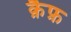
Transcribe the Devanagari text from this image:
क़ैफ़